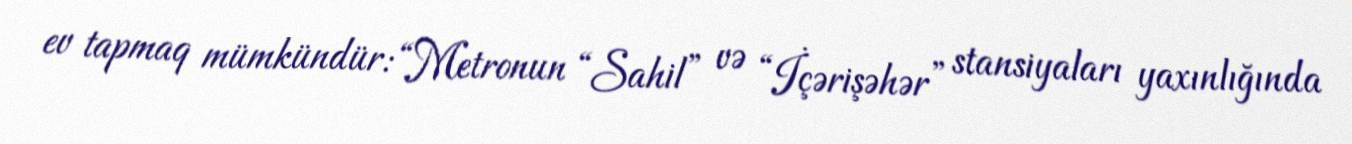
ev tapmaq mümkündür: “Metronun “Sahil” və “İçərişəhər” stansiyaları yaxınlığında